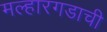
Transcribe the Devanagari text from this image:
मल्हारगडाची